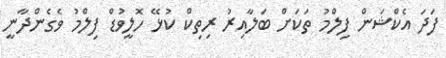
ފަދަ އެކްޝަން ފިލްމު ތަކަށް ބަލާއިރު ރިތިކް ކުޅޭ ހޮލީވުޑް ފިލްމު ވެގެންދާނީ